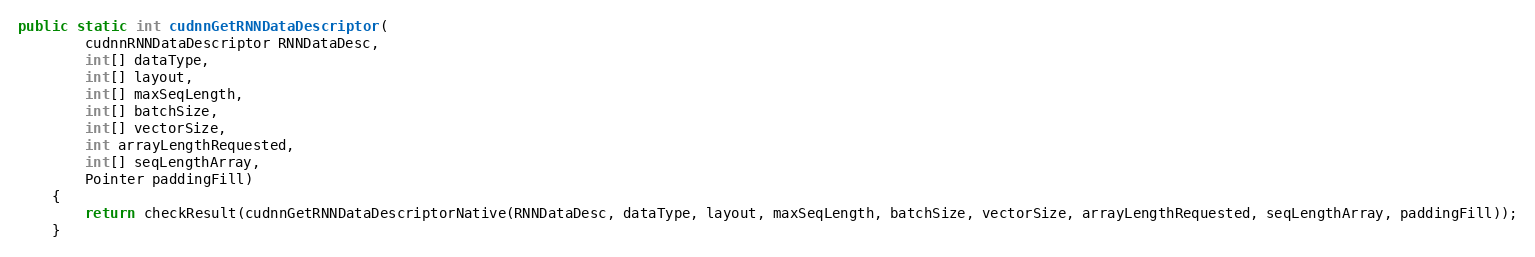
Language: Java
public static int cudnnGetRNNDataDescriptor(
        cudnnRNNDataDescriptor RNNDataDesc,
        int[] dataType,
        int[] layout,
        int[] maxSeqLength,
        int[] batchSize,
        int[] vectorSize,
        int arrayLengthRequested,
        int[] seqLengthArray,
        Pointer paddingFill)
    {
        return checkResult(cudnnGetRNNDataDescriptorNative(RNNDataDesc, dataType, layout, maxSeqLength, batchSize, vectorSize, arrayLengthRequested, seqLengthArray, paddingFill));
    }